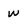
Character: W